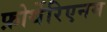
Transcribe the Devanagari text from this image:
फ़ोर्थेरिएनम